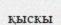
қыскы